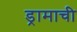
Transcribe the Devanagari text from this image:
ड्रामाची